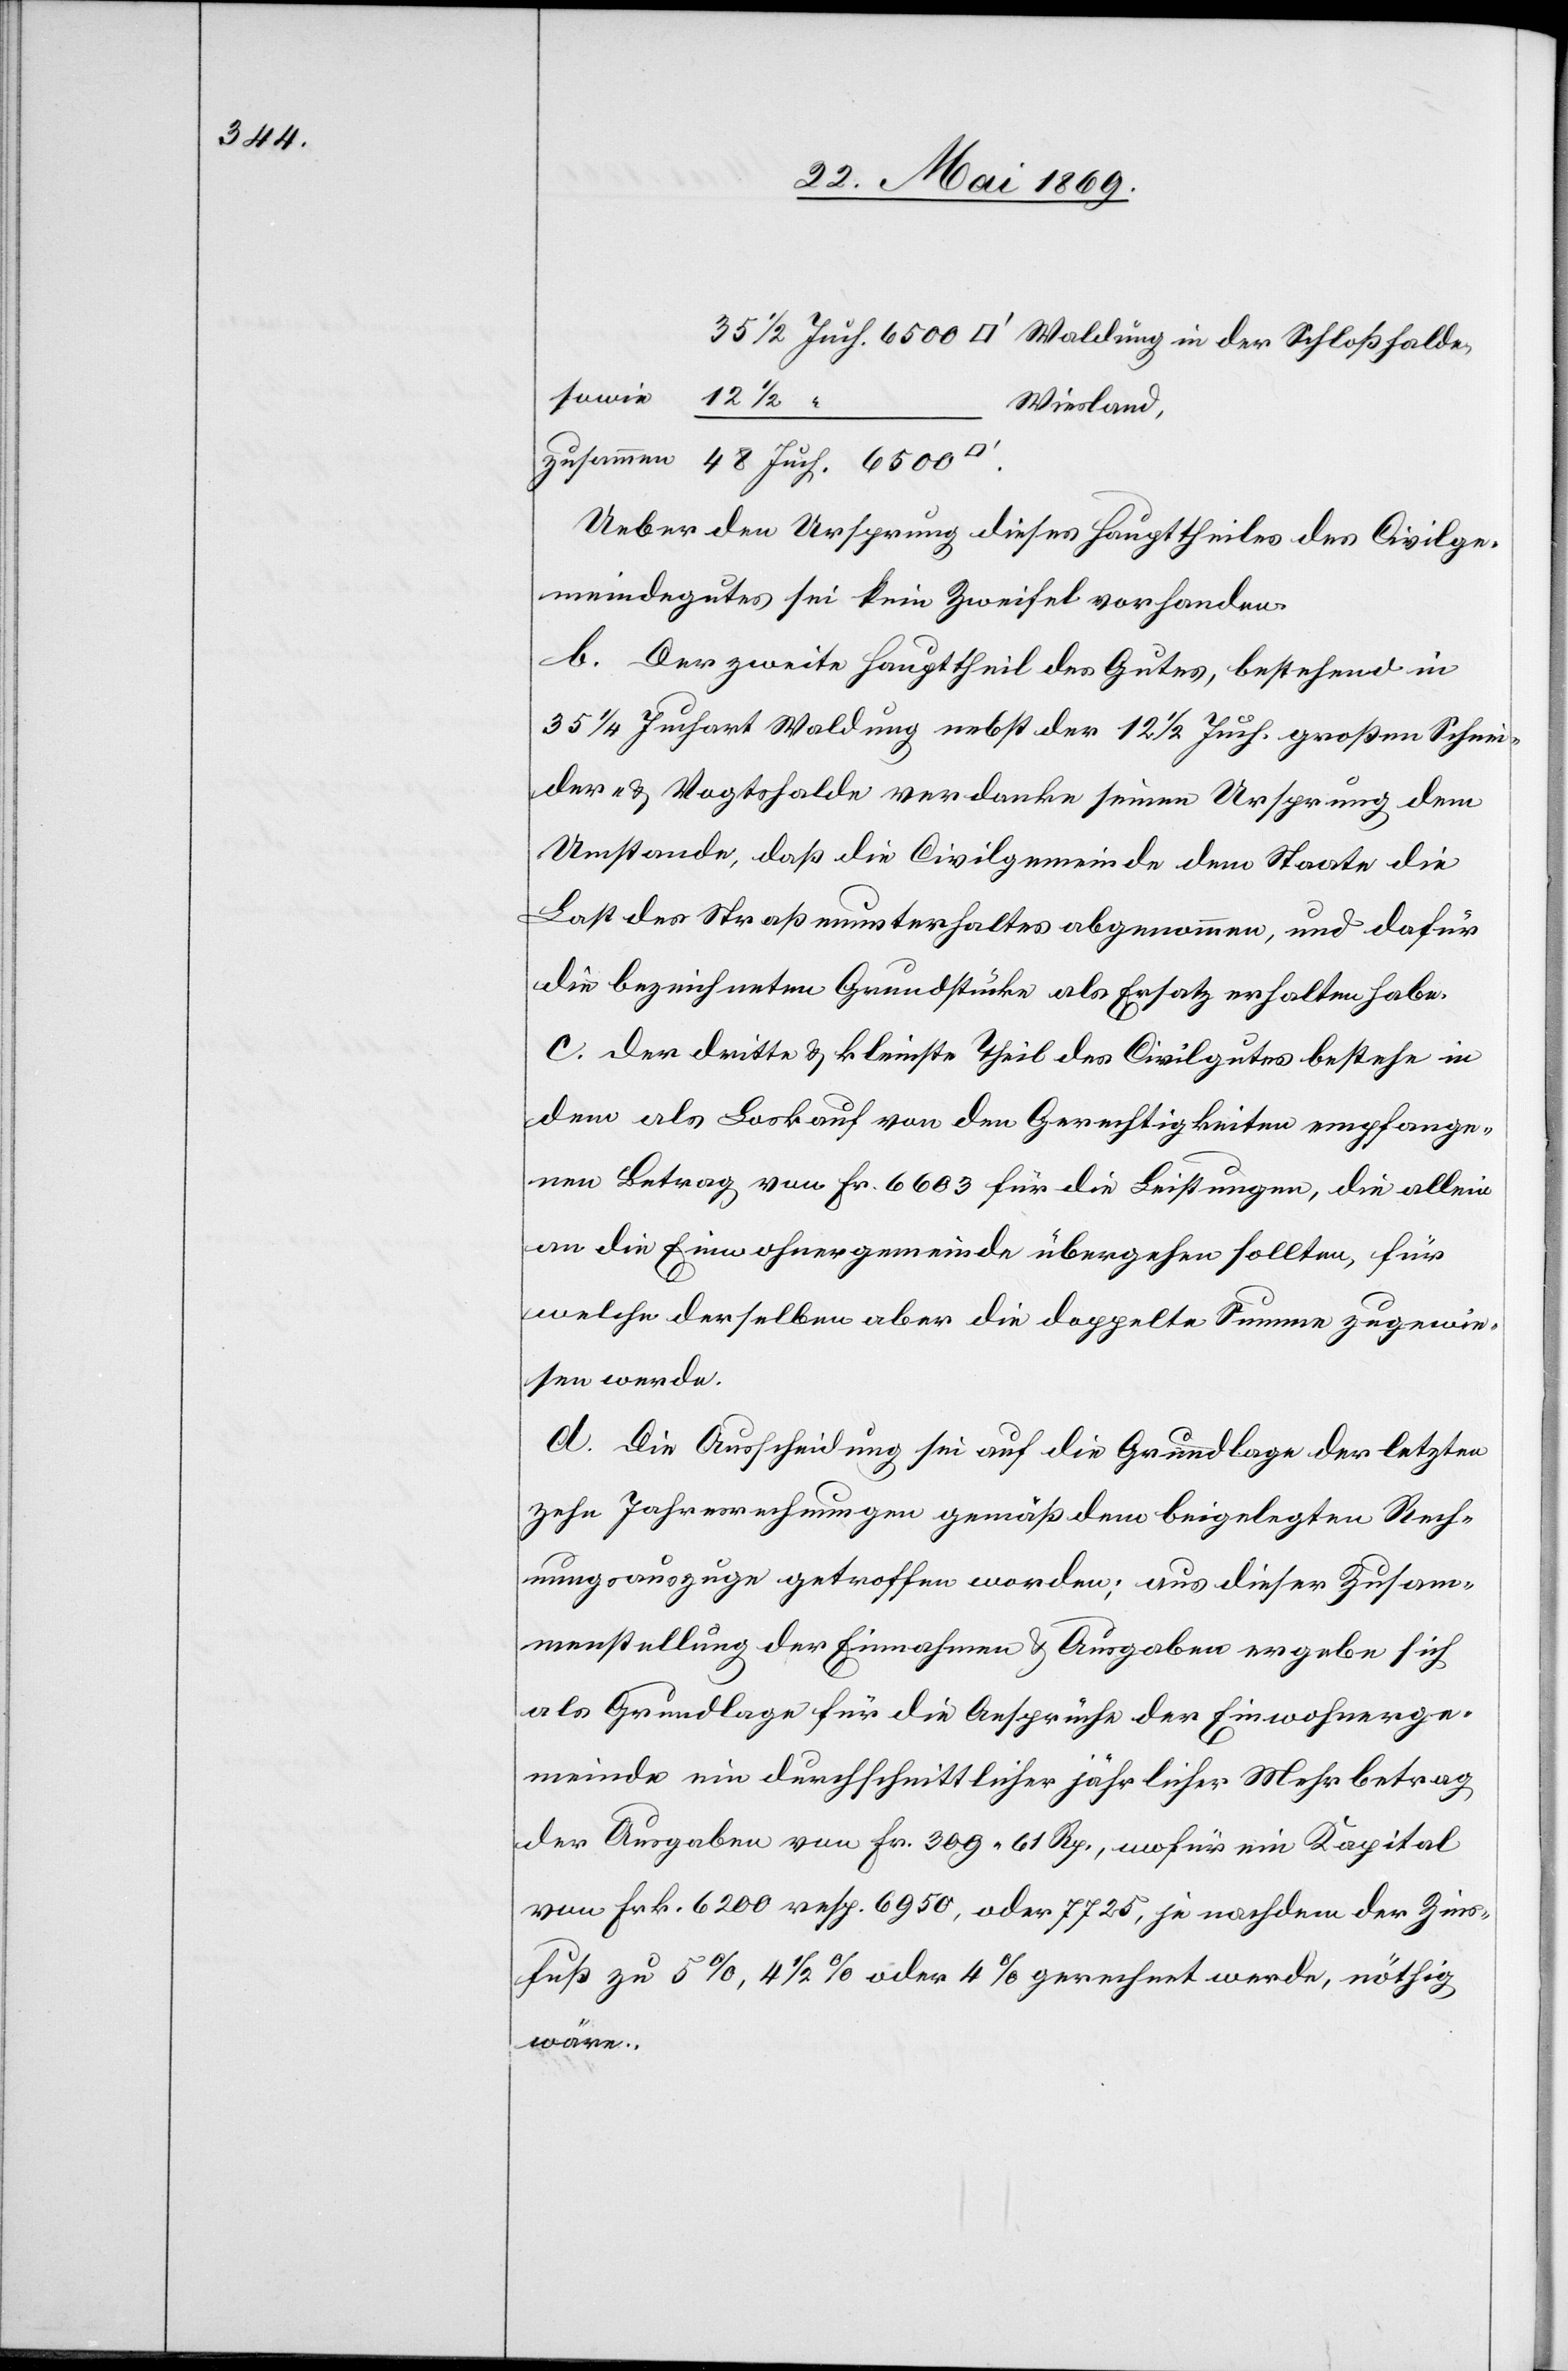
Wiesland,
Ueber den Ursprung dieses Haupttheiles des Civilge¬
meindegutes sei kein Zweifel vorhanden.
b. Der zweite Haupttheil des Gutes, bestehend in
35 1/4 Juchart Waldung nebst der 12 1/2 Juch. großen Schnei¬
der- u. Vogtshalde verdanke seinen Ursprung dem
Umstande, daß die Civilgemeinde dem Staate die
Last des Straßenunterhaltes abgenommen, und dafür
die bezeichneten Grundstücke als Ersatz erhalten habe.
c. Der dritte u. kleinste Theil des Civilgutes bestehe in
dem als Loskauf von den Gerechtigkeiten empfange¬
nen Betrag von Fr. 6603 für die Leistungen, die allein
an die Einwohnergemeinde übergehen sollten, für
welche derselben aber die doppelte Summe zugewie¬
sen werde.
d. Die Ausscheidung sei auf die Grundlage der letzten
zehn Jahresrechnungen gemäß dem beigelegten Rech¬
nungsauszuge getroffen worden; aus dieser Zusam¬
menstellung der Einnahme u. Ausgaben ergebe sich
als Grundlage für die Ansprüche der Einwohnerge¬
meinde ein durchschnittlicher jährlicher Mehrbetrag
der Ausgaben von Fr. 309.61 Rp., wofür ein Kapital
von Frk. 6200 resp. 6950, oder 7725, je nachdem der Zins¬
fuß zu 5%, 4 1/2% oder 4% gerechnet werde, nöthig
wäre.